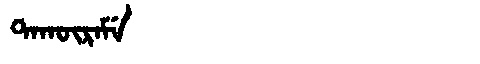
Manchu: ᡨᠠᡴᡡᡵᠠᠮᡝ
Romanization: TAKŪRAME